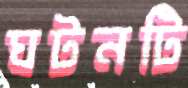
ঘটনটি